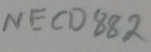
Text: NECD882